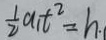
\frac { 1 } { 2 } a _ { 1 } t ^ { 2 } = h .